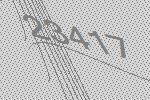
23417